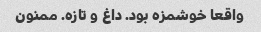
واقعا خوشمزه بود. داغ و تازه. ممنون